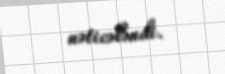
nəticələndi.